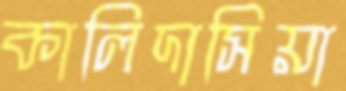
কালিদাসিয়া